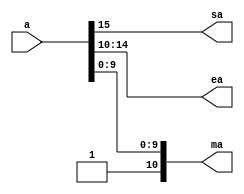



`timescale 1ns / 1ps
//////////////////////////////////////////////////////////////////////////////////
// 
// 
// Create Date:    
// Design Name:    
// Module Name:     
// Project Name: 
// Target Devices: 
// Tool versions: 
// Description: 
//
// Dependencies: 
//
// Revision: 
// Revision 0.01 - File Created
// Additional Comments: 
//
//////////////////////////////////////////////////////////////////////////////////

module splitter(a,sa,ea,ma);

	input [15:0]a;
	output sa;
	output [4:0]ea;
	output [10:0] ma; // one extra for implicit 1

	assign sa = a[15];
	assign ea = a[14:10];
	assign ma = {1'b1,a[9:0]};

	endmodule